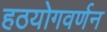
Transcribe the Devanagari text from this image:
हठयोगवर्णन